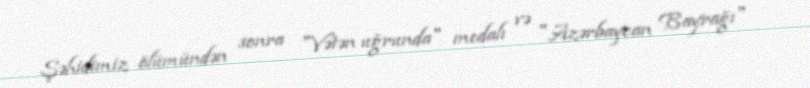
Şəhidimiz ölümündən sonra "Vətən uğrunda" medalı və "Azərbaycan Bayrağı"